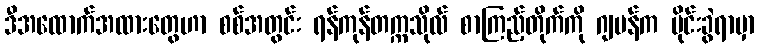
ဒီအထောက်အထားတွေဟာ စစ်အတွင်း ရန်ကုန်တက္ကသိုလ် စာကြည့်တိုက်ကို ဂျပန်က မိုင်းခွဲရာမှာ